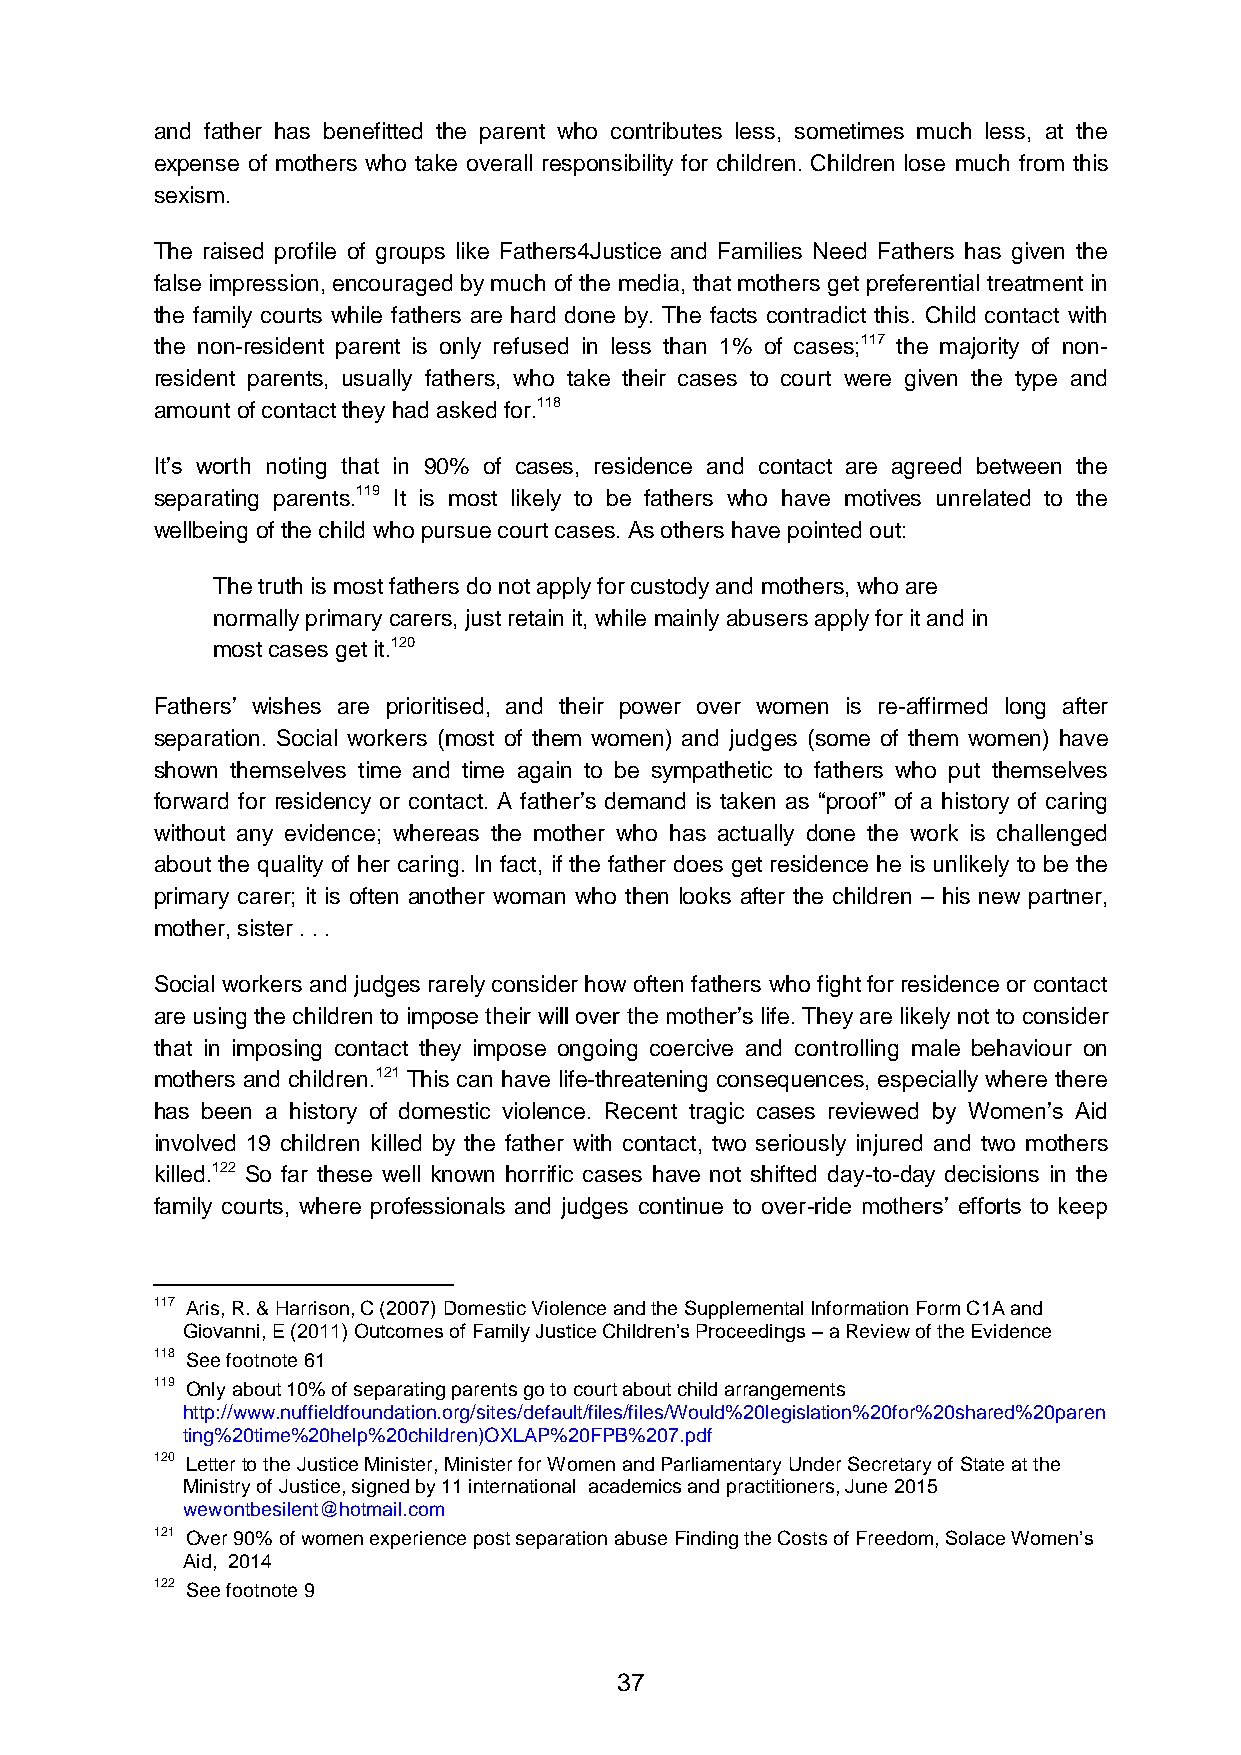
and father has benefitted the parent who contributes less, sometimes much less, at the
 expense of mothers who take overall responsibility for children. Children lose much from this
 sexism.
 The raised profile of groups like Fathers4Justice and Families Need Fathers has given the
 false impression, encouraged by much of the media, that mothers get preferential treatment in
 the family courts while fathers are hard done by. The facts contradict this. Child contact with
 the non-resident parent is only refused in less than 1% of cases;117 the majority of non-
 resident parents, usually fathers, who take their cases to court were given the type and
 amount of contact they had asked for.118
 It’s worth noting that in 90% of cases, residence and contact are agreed between the
 separating parents.119 It is most likely to be fathers who have motives unrelated to the
 wellbeing of the child who pursue court cases. As others have pointed out:
 The truth is most fathers do not apply for custody and mothers, who are
 normally primary carers, just retain it, while mainly abusers apply for it and in
 most cases get it.120
 Fathers’ wishes are prioritised, and their power over women is re-affirmed long after
 separation. Social workers (most of them women) and judges (some of them women) have
 shown themselves time and time again to be sympathetic to fathers who put themselves
 forward for residency or contact. A father’s demand is taken as “proof” of a history of caring
 without any evidence; whereas the mother who has actually done the work is challenged
 about the quality of her caring. In fact, if the father does get residence he is unlikely to be the
 primary carer; it is often another woman who then looks after the children – his new partner,
 mother, sister . . .
 Social workers and judges rarely consider how often fathers who fight for residence or contact
 are using the children to impose their will over the mother’s life. They are likely not to consider
 that in imposing contact they impose ongoing coercive and controlling male behaviour on
 mothers and children.121 This can have life-threatening consequences, especially where there
 has been a history of domestic violence. Recent tragic cases reviewed by Women’s Aid
 involved 19 children killed by the father with contact, two seriously injured and two mothers
 killed.122 So far these well known horrific cases have not shifted day-to-day decisions in the
 family courts, where professionals and judges continue to over-ride mothers’ efforts to keep
 117 Aris, R. & Harrison, C (2007) Domestic Violence and the Supplemental Information Form C1A and
 Giovanni, E (2011) Outcomes of Family Justice Children’s Proceedings – a Review of the Evidence
 118 See footnote 61
 119 Only about 10% of separating parents go to court about child arrangements
 http://www.nuffieldfoundation.org/sites/default/files/files/Would%20legislation%20for%20shared%20paren
 ting%20time%20help%20children)OXLAP%20FPB%207.pdf
 120 Letter to the Justice Minister, Minister for Women and Parliamentary Under Secretary of State at the
 Ministry of Justice, signed by 11 international academics and practitioners, June 2015
 wewontbesilent@hotmail.com
 121 Over 90% of women experience post separation abuse Finding the Costs of Freedom, Solace Women’s
 Aid, 2014
 122 See footnote 9
 37